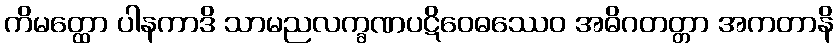
ကိမတ္ထော ပါနကာဒိ သာမညလက္ခဏပဋိဝေဓဿေဝ အဓိဂတတ္တာ အကတာနိ